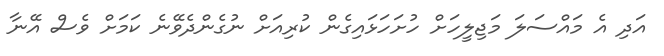
އަދި އެ މައްސަލަ މަޖިލީހަށް ހުށަހަޅައިގެން ކުރިއަށް ނުގެންދެވޭނެ ކަމަށް ވެސް އޭނާ